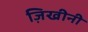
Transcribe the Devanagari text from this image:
ज़िखीनी